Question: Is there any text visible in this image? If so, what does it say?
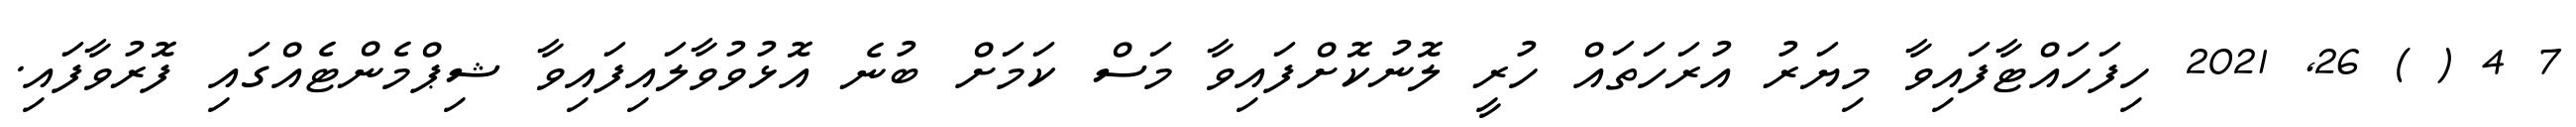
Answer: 7 4 ( ) 26, 2021 ހިފަހައްޓާފައިވާ މިޔަރު އުރަހަތައް ހުރީ ލޮނުކޮށްފައިވާ މަސް ކަމަށް ބުނެ އޮޅުވުވާލައިފައިވާ ޝިޕްމެންޓެއްގައި ފޮރުވާފައި.